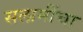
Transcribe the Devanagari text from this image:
सलामींचा